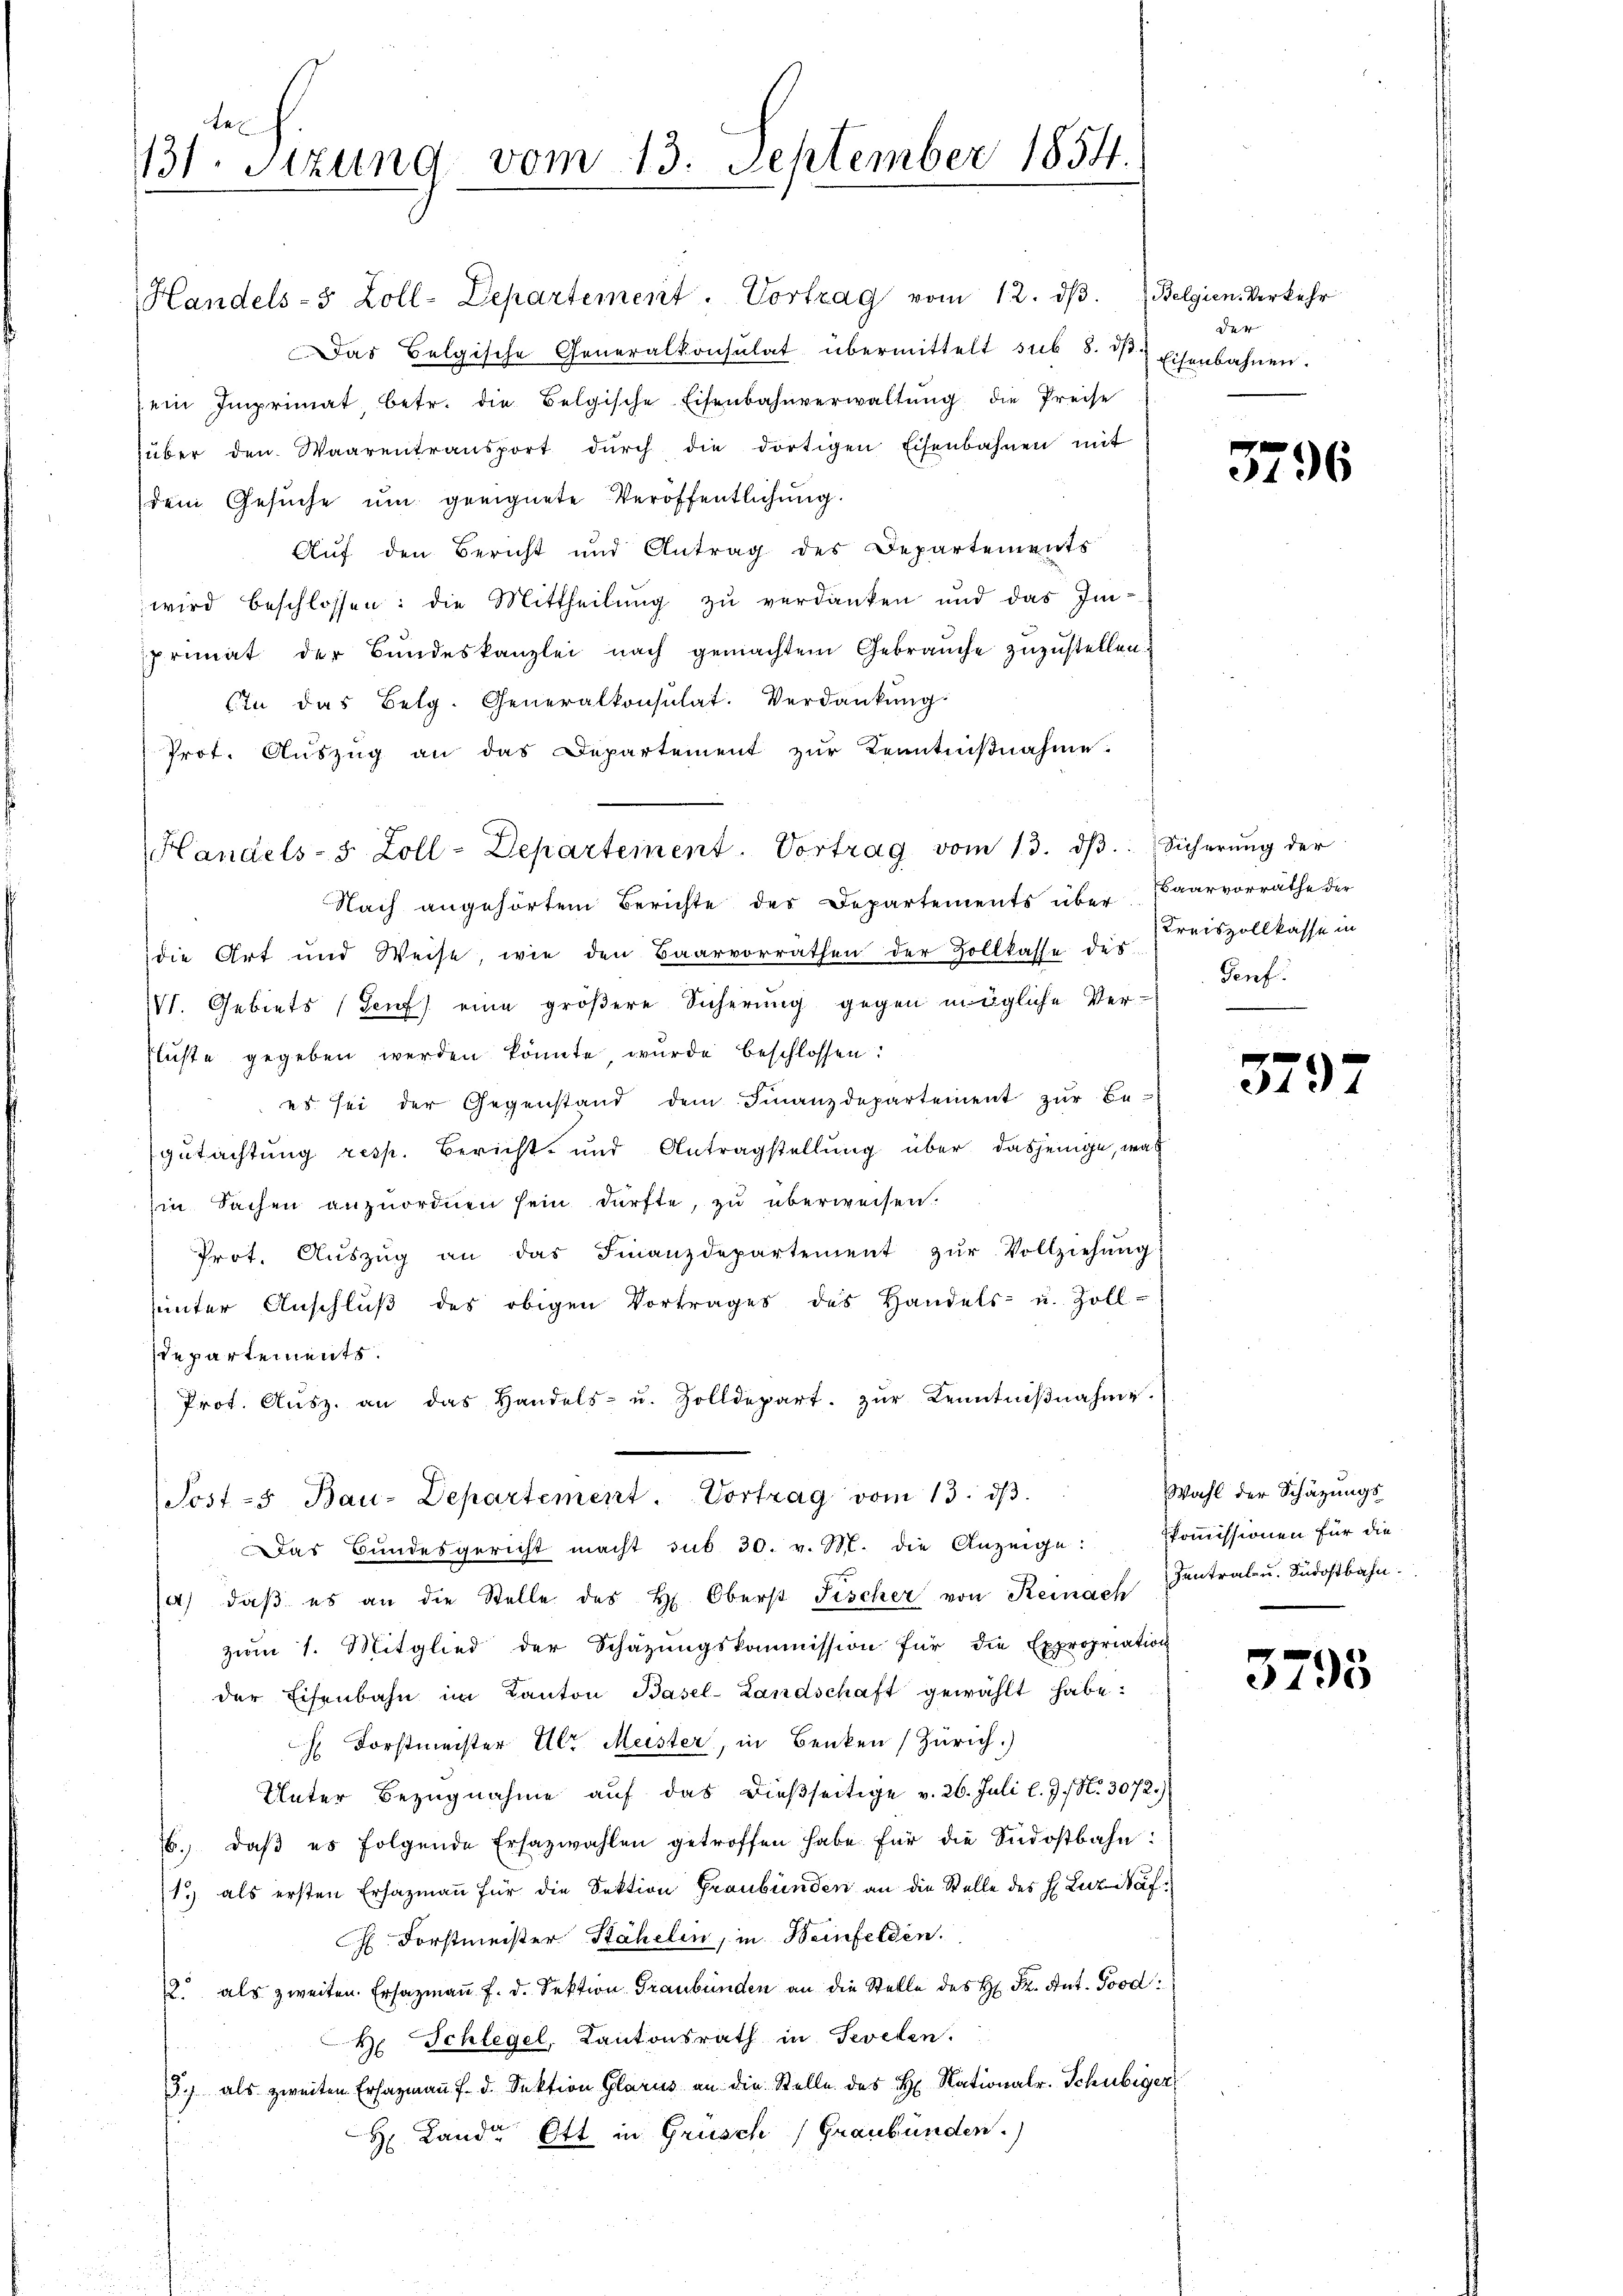
te
131. Sitzung vom 13. September 1854.

Handels- 5 Zoll-Departement. Vortrag vom 12. dβ.
Das Belgische Generalkonsulat übermittelt sub 8. dβ Eisenbahnen.
ein Imprimat, betr. die Belgische Eisenbahnverwaltŭng die Preise
über den Waarentransport dŭrch die dortigen Eisenbahnen mit
dem Gesuche um geeignete Veröffentlichung.
Aŭf den Bericht und Antrag des Departements
wird beschlossen: die Mittheilung zu verdanken und das Im-
primat der Bŭndeskanzlei nach gemachtem Gebrauche zuzustellen
Cta das Belg. Generalkonsulat. Verdankŭng
Prot. Aŭszŭg an das Departement zŭr Kenntniβnahme
Nach angehörtem Berichte des Departements über Baarvorräthe der
die Art und Weise, wie den Baarvorrathen der Zollkasse des
VVI. Gebiets (Genf eine größere Sicherung gegen mögliche Ver-
flüste gegeben werden könnte, wurde beschlossen:
es sei der Gegenstand dem Finanzdepartement zur Be-
gutachtung resp. Bericht und Antragstellung über dasjenige, was
in Sachen anzuordnen sein dürfte, zu überweisen.
Prot. Aŭszŭg an das Finanzdepartement zŭr Vollziehŭng
ŭnter Anschlŭβ des obigen Vortrages des Handels- u. Zoll-
departements.
Prot. Aŭsz. an das Handels- u. Zolldepart. Zŭr Kenntniβnahme.
Sost-5 Bau-Departement. Vortrag vom 13. dβ.
Das Bŭndesgericht macht sub 30. v. M. die Anzeige: Koṁissionen für die
4) daβ es an die Stelle des H. Oberst Fischer von Reinach Zentrale u. Südostbahnzŭm 1. Mitglied der Schazungskommission für die Expropriation
der Eisenbahn im Kanton Basel-Landschaft gewählt habe.
 Forstmeister Ulr. Meister, in Benken (Zürich.)
Unter Bezugnahme auf das dießseitige v. 26. Juli l. J. N. 3072.)
. daβ es folgende Ersazwahlen getroffen habe für die Südostbahn:
1.) als ersten Ersazmann für die Sektion Graubünden an die Stelle des H. Luz Waf¬
 Forstmeister Stähelin, in Weinfelden.
12 als zweiten. Ersazmaṅ f. d. Sektion Graubünden an die Stelle des H. Dr. Ant. Pood:
H Schlegel, Kantonsrath in Sevelen.
87 als zweiten Ersazmaṅ f. d. Sektion Glarus an die Stelle des H. Nationalr. Schubiger
H. Lande Ott in Grüsch (Graubünden.)

Handels- & Zoll-Departement. Vortrag vom 13. dβ. Sicherŭng der

Belgien. Verkehr
der |

3796

Kreiszollkasse in
Genf.

3792

Wahl der Schätzungs

3795